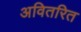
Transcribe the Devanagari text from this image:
अवितरित